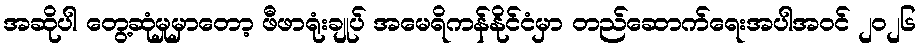
အဆိုပါ တွေ့ဆုံမှုမှာတော့ ဖီဖာရုံးချုပ် အမေရိကန်နိုင်ငံမှာ တည်ဆောက်ရေးအပါအဝင် ၂၀၂၆